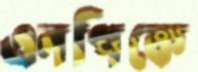
এনপিকে